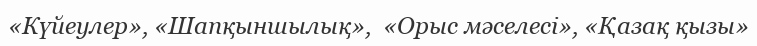
«Күйеулер», «Шапқыншылық»,  «Орыс мәселесі», «Қазақ қызы»